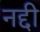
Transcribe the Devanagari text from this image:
नद्दी